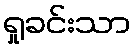
ရှုခင်းသာ